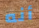
أنه